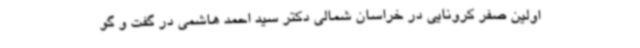
اولین صفر کرونایی در خراسان شمالی دکتر سید احمد هاشمی در گفت و گو